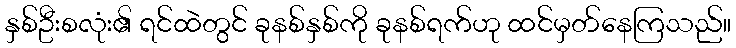
နှစ်ဦးစလုံး၏ ရင်ထဲတွင် ခုနစ်နှစ်ကို ခုနစ်ရက်ဟု ထင်မှတ်နေကြသည်။